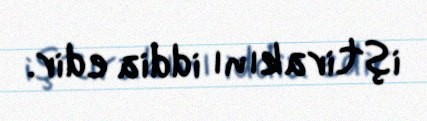
iştirakını iddia edir.